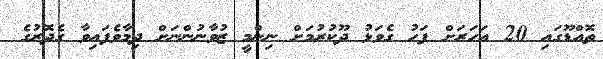
ތޮއްޑޫގައި 20 އަހަރަށް ފަހު ގެވަޅު ދޫކުރުމަށް ނިންމީ ޒުވާނުންނަށް ދިމާވެފައިވާ ގެދޮރުގެ